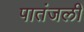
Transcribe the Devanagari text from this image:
पातंजली